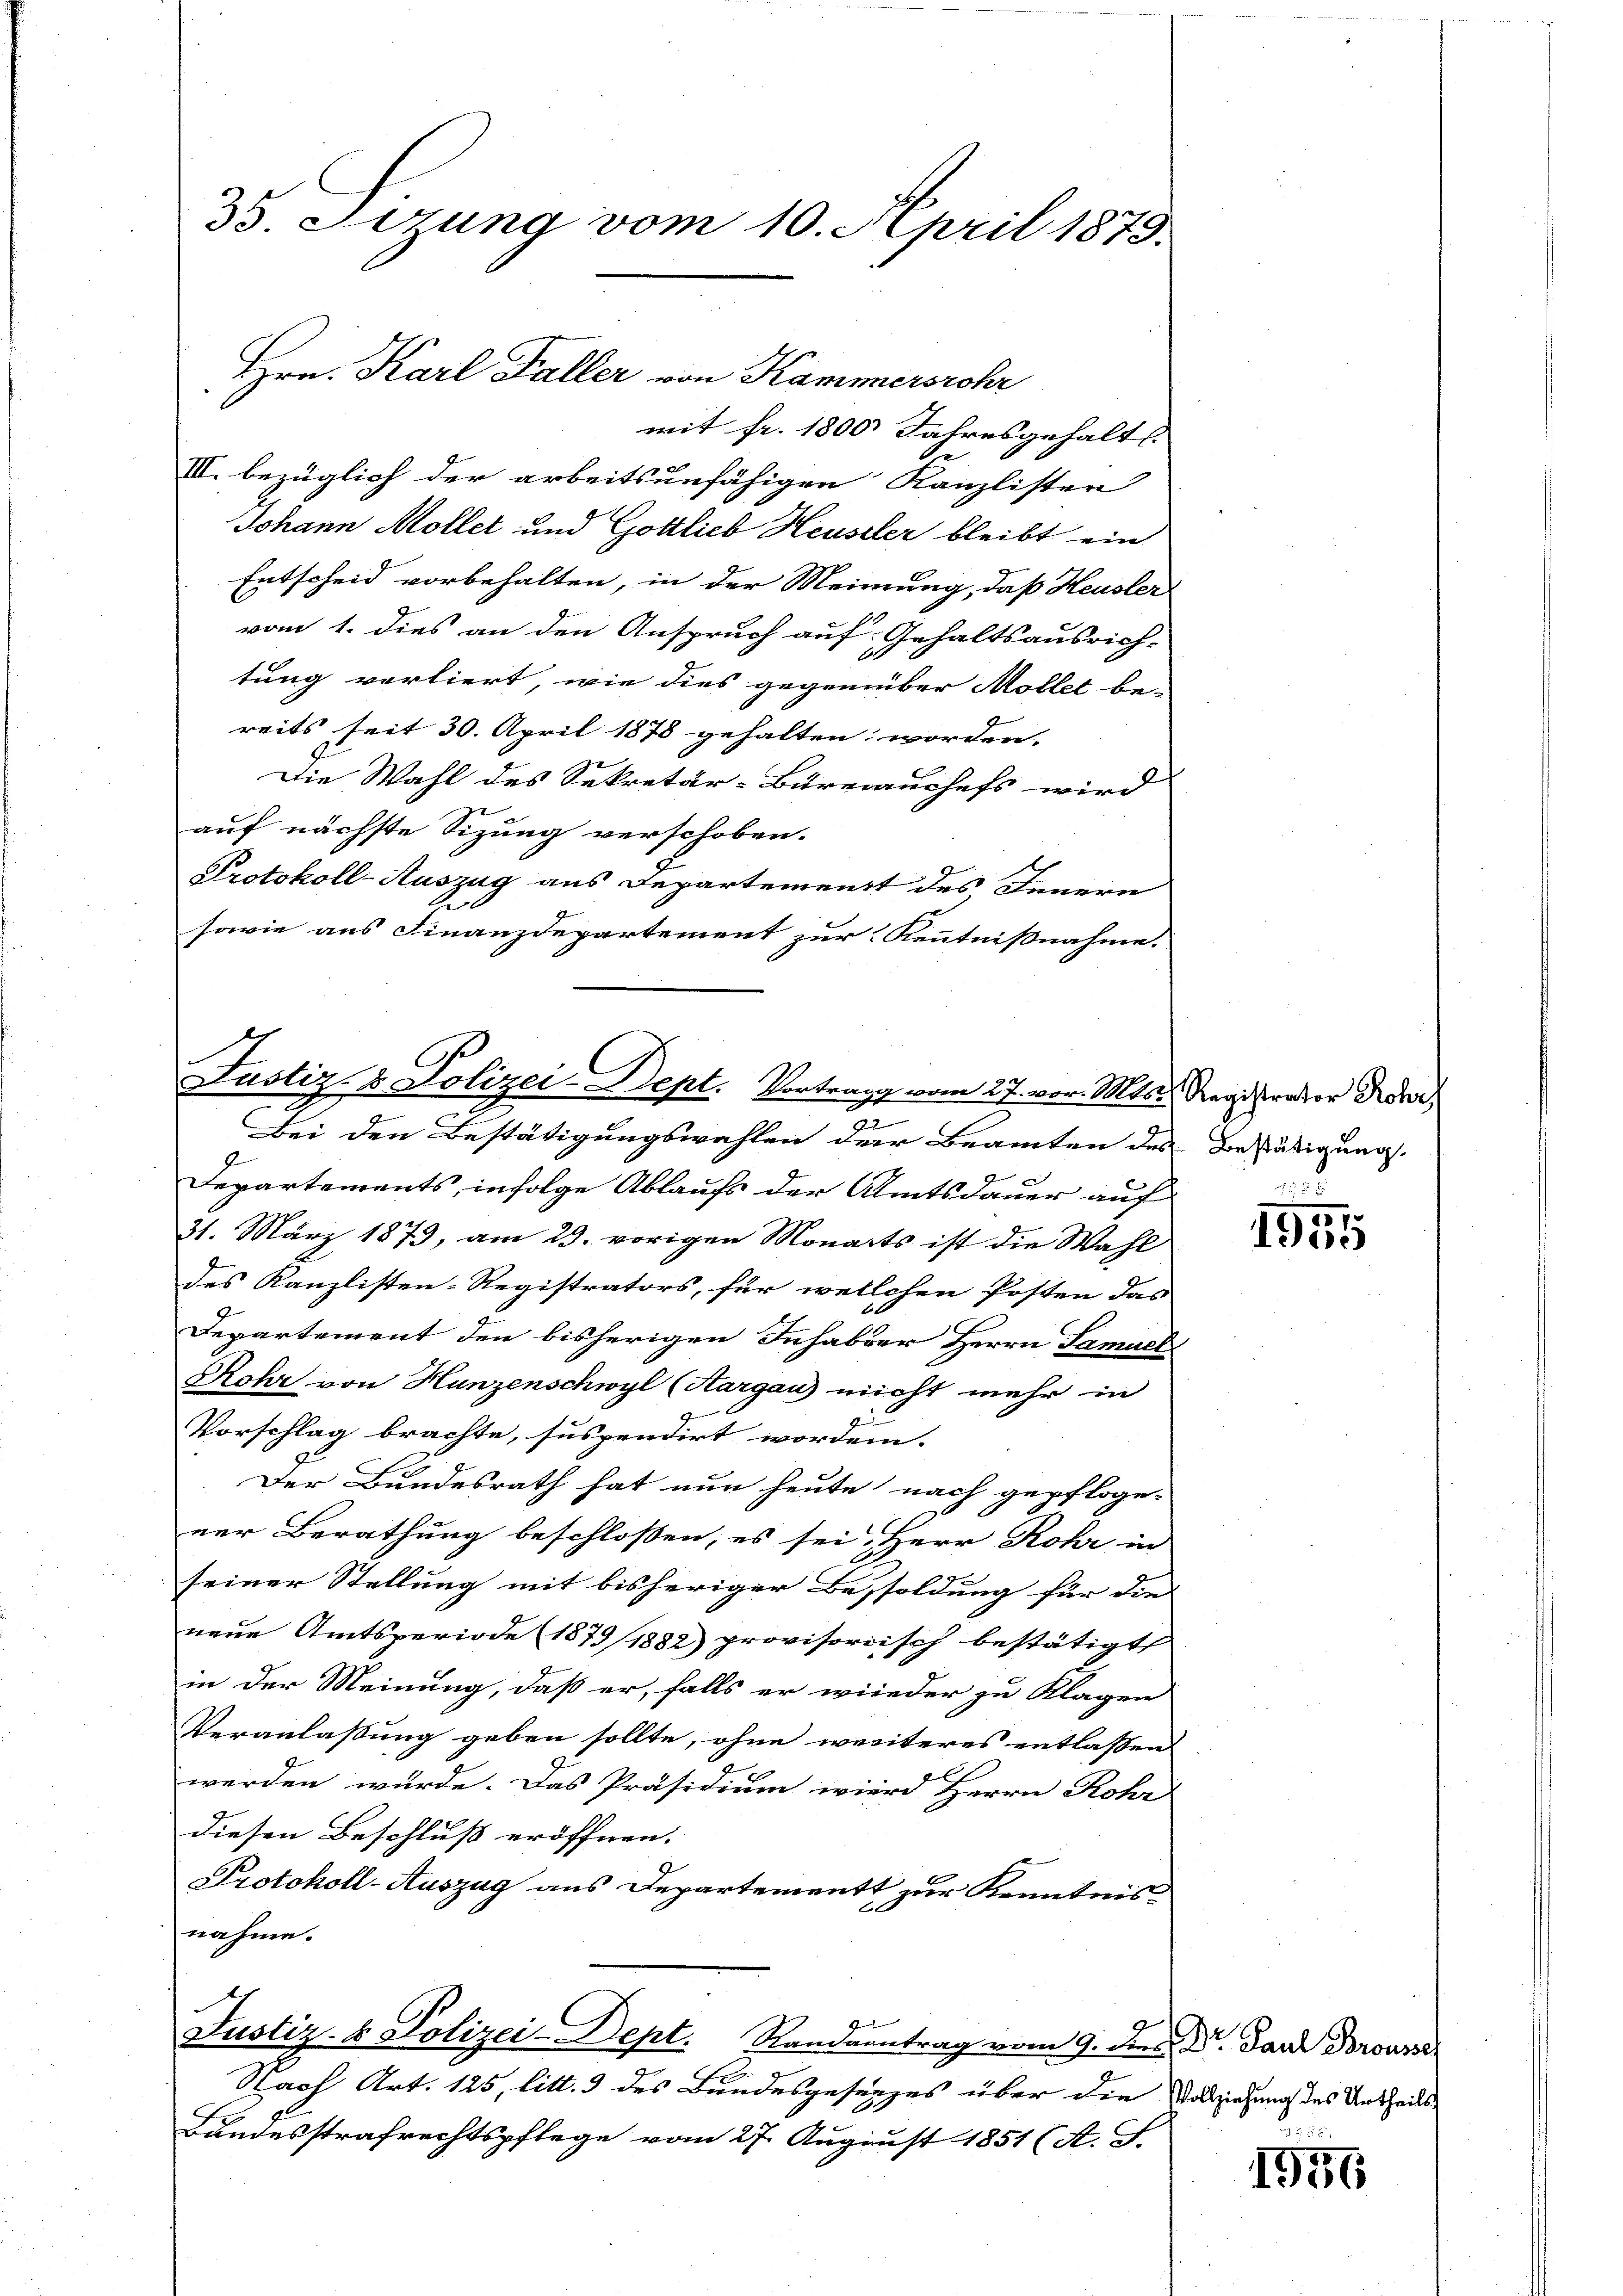
35. Sirung vom 10. April 1875.

Johann Mollet und Gottlieb Heusler bleibt ein
Entscheid vorbehalten, in der Meinung, daß Heusler
vom 1. dies an den Anspruch auf Gehaltsausrich-
tung verliert, wie dies gegenüber Möllet bereits seit 30. April 1878 gehalten worden.
Die Wahl des Sekretär-Bureaushefs wird
auf nächste Sitzung verschoben.
Protokoll-Auszug aus Departement des Innern
sowie aus Finanzdepartement zur Kenntnißnahme.

Hrn. Karl Faller von Kammersrohr
mit fr. 1800 Jahresgehalts
III. bezüglich der arbeitsunfähigen Kanzlisten

Justiz- & Polizei-Dept. Vortrag vom 27. vor. Mts. Registrator Rohr,
a

h
Justiz- & Polizei-Dept. Randantrag vom 9. dies. Dr. Sand Dorousser

Bei den Bestätigungswahlen der Beamten des Bestätigung.
d

Departements, infolge Ablaufs der Amtsdauer auf
31. März 1873, am 29. vorigen Monarts ist die Wahl
des Kanzlisten-Registrators, für wellchen Posten das
Departement den bisherigen Inhaber Herrn Samuel
Rohr von Hunzenschwyl (Aargau nicht mehr in
2
Vorschlag brachte, suspendirt worden. |
Der Bundesrath hat nun heute nach gepfloge-
ner Berathung beschlossen, es sei. Herr Rohr in
seiner Stellung mit bisheriger Besoldung für die |
neue Amtsperiode (1879/1882) provisorisch bestätigt
in der Meinung, daß er, falls er wieder zu Klagen
Veranlassung geben sollte, ohne weiteres entlassen
werden würde. Das Präsidium wird Herrn Rohr
diesen Beschluß eröffnen.
Protokoll-Auszug aus Departement zur Kenntnis
nahme.

Nach Art. 125, litt. 3 des Bundesgesetzes über die
Bandesstrafrechtspflege vom 27. August 1851 (A. T.

195

Vollziehung des Urtheils

1956